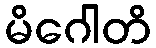
မိဂေါတိ